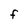
Character: F